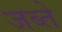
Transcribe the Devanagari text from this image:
जब्ते